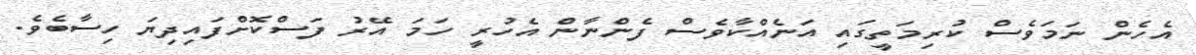
އެހެން ނަމަވެސް ކުރިމަތީގައި އަނެއްކާވެސް ފެންނާން އެހުރީ ހަމަ އޭރު ފަސްކޮށްފައިދިޔަ ހިސާބެވެ.